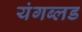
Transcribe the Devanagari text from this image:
यंगब्लड